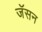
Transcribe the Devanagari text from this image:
जॅसन